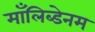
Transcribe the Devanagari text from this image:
माँलिब्डेनम